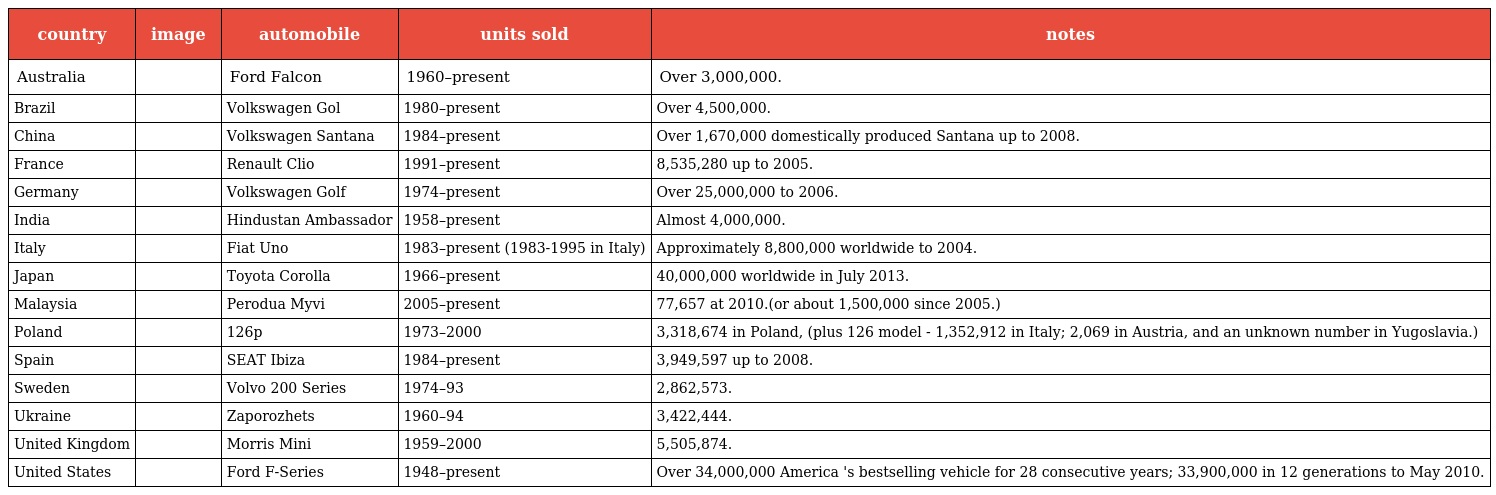
| country | image | automobile | units sold | notes |
 | --- | --- | --- | --- | --- |
 | Australia |  | Ford Falcon | 1960–present | Over 3,000,000. |
 | Brazil |  | Volkswagen Gol | 1980–present | Over 4,500,000. |
 | China |  | Volkswagen Santana | 1984–present | Over 1,670,000 domestically produced Santana up to 2008. |
 | France |  | Renault Clio | 1991–present | 8,535,280 up to 2005. |
 | Germany |  | Volkswagen Golf | 1974–present | Over 25,000,000 to 2006. |
 | India |  | Hindustan Ambassador | 1958–present | Almost 4,000,000. |
 | Italy |  | Fiat Uno | 1983–present (1983-1995 in Italy) | Approximately 8,800,000 worldwide to 2004. |
 | Japan |  | Toyota Corolla | 1966–present | 40,000,000 worldwide in July 2013. |
 | Malaysia |  | Perodua Myvi | 2005–present | 77,657 at 2010.(or about 1,500,000 since 2005.) |
 | Poland |  | 126p | 1973–2000 | 3,318,674 in Poland, (plus 126 model - 1,352,912 in Italy; 2,069 in Austria, and an unknown number in Yugoslavia.) |
 | Spain |  | SEAT Ibiza | 1984–present | 3,949,597 up to 2008. |
 | Sweden |  | Volvo 200 Series | 1974–93 | 2,862,573. |
 | Ukraine |  | Zaporozhets | 1960–94 | 3,422,444. |
 | United Kingdom |  | Morris Mini | 1959–2000 | 5,505,874. |
 | United States |  | Ford F-Series | 1948–present | Over 34,000,000 America 's bestselling vehicle for 28 consecutive years; 33,900,000 in 12 generations to May 2010. |